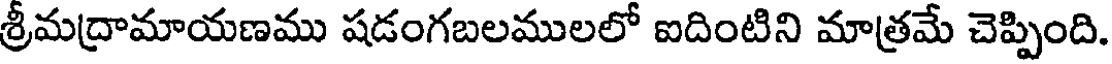
శ్రీమద్రామాయణము షడంగబలములలో ఐదింటిని మాత్రమే చెప్పింది.